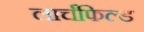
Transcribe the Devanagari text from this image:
लार्चफिल्ड